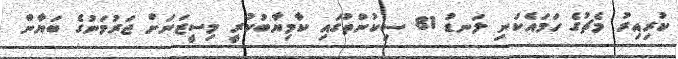
ކުރިއިރު މެޗުގެ ހަމައެކަނި ލަނޑު 81 ސިކުންތުގައި ކާމިޔާބުކުރީ މިސީޒަނަށް ޖަރުމަނުގެ ބަޔާން